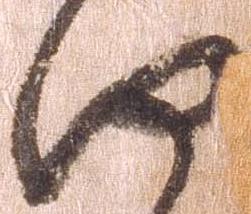
何